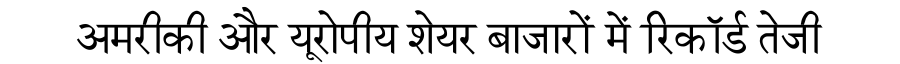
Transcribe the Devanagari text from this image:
अमरीकी और यूरोपीय शेयर बाजारों में रिकॉर्ड तेजी